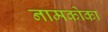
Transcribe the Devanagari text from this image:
नामकोका